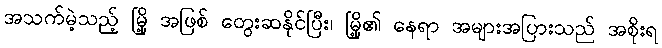
အသက်မဲ့သည့် မြို့ အဖြစ် တွေးဆနိုင်ပြီး၊ မြို့၏ နေရာ အများအပြားသည် အစိုးရ